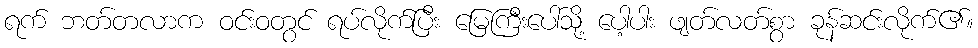
ရက် ဘတ်တလာက ဝင်းဝတွင် ရပ်လိုက်ပြီး မြေကြီးပေါ်သို့ ပေါ့ပါး ဖျတ်လတ်စွာ ခုန်ဆင်းလိုက်၏။